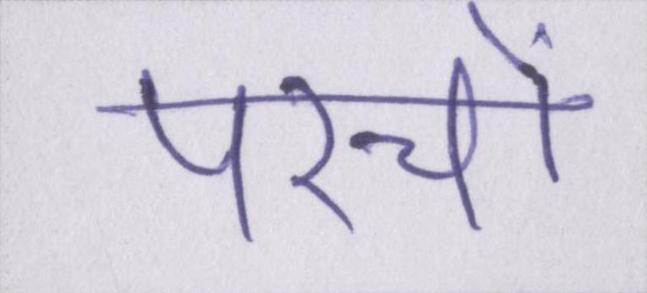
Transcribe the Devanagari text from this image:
परचों